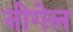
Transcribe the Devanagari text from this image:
नीगेल